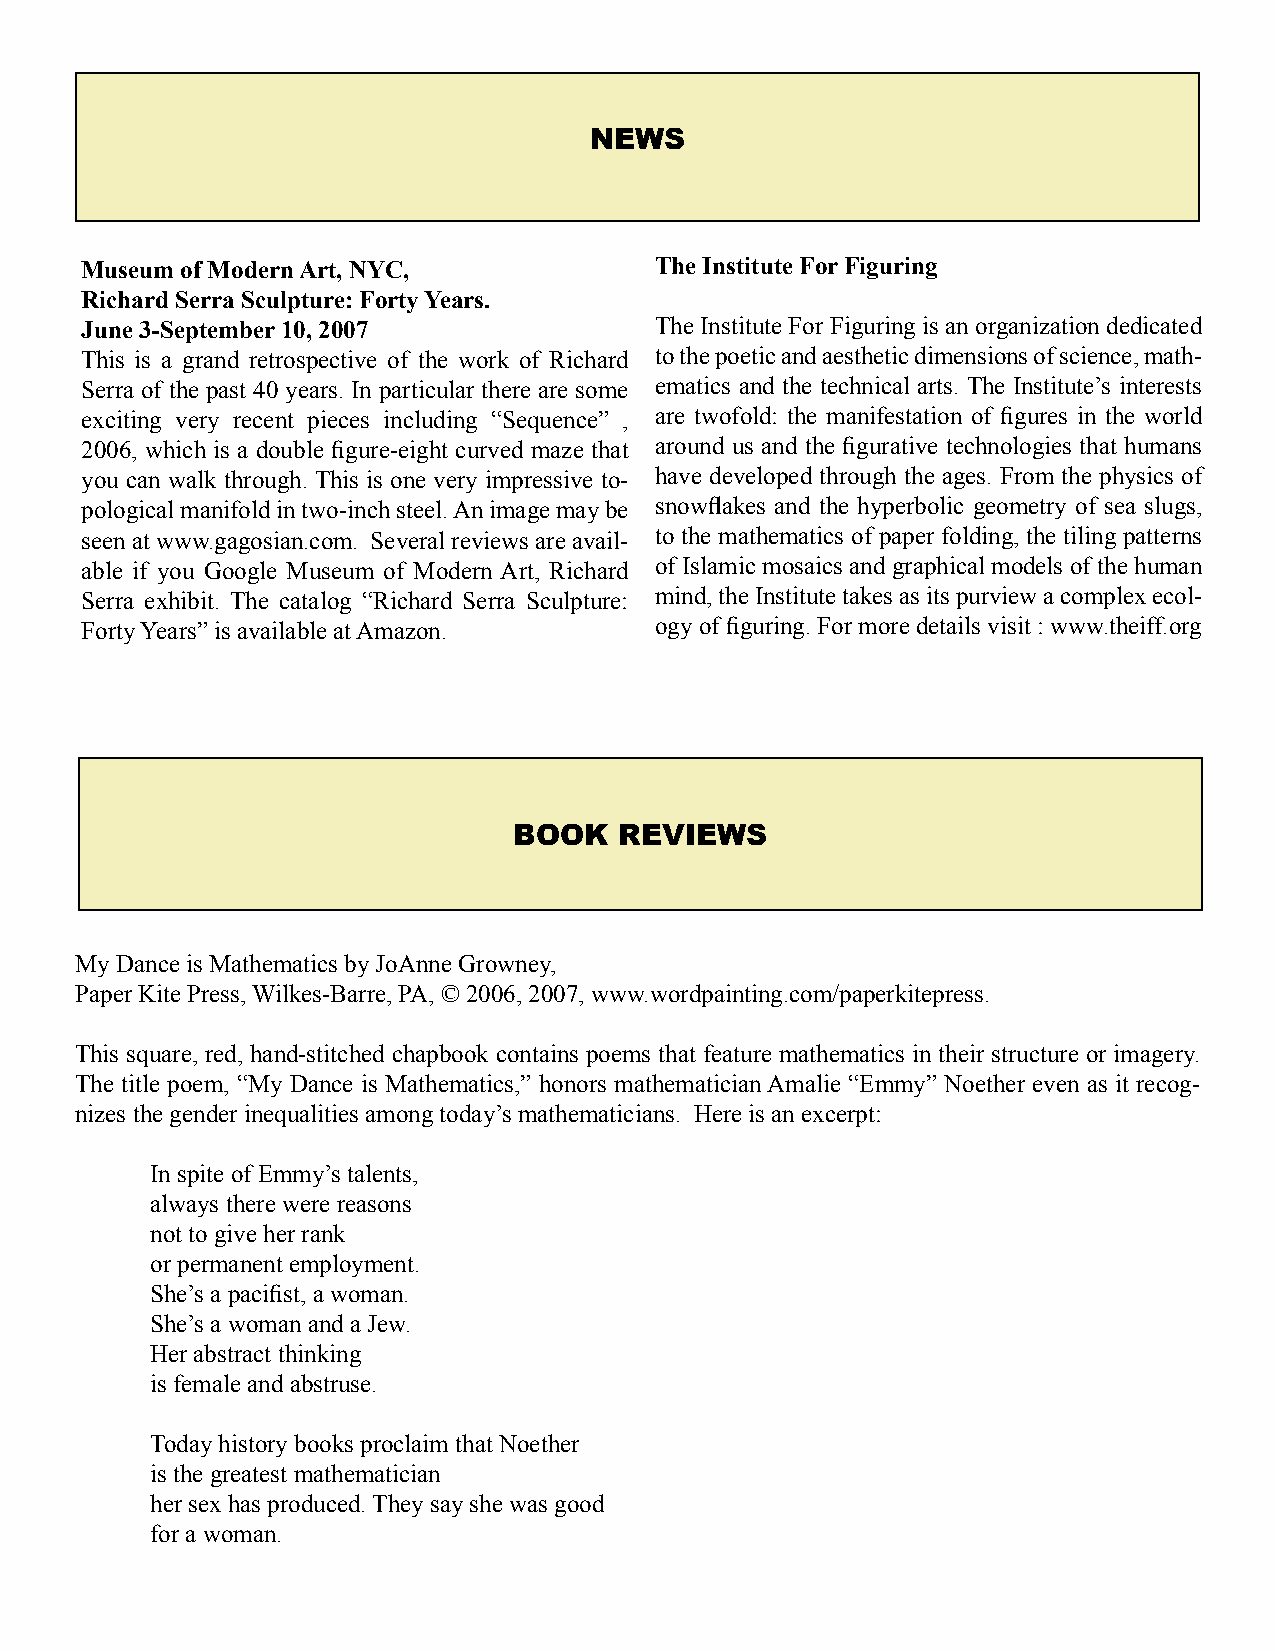
NEwS
 Museum of Modern Art, NYC,            The Institute For Figuring
 Richard Serra Sculpture: Forty Years.
 June 3-September 10, 2007             The Institute For Figuring is an organization dedicated
 This is a grand retrospective of the work of Richard to the poetic and aesthetic dimensions of science, math-
 Serra of the past 40 years. In particular there are some ematics and the technical arts. The Institute’s interests
 exciting very recent pieces including “Sequence” , are twofold: the manifestation of figures in the world
 2006, which is a double figure-eight curved maze that around us and the figurative technologies that humans
 you can walk through. This is one very impressive to- have developed through the ages. From the physics of
 pological manifold in two-inch steel. An image may be snowflakes and the hyperbolic geometry of sea slugs,
 seen at www.gagosian.com. Several reviews are avail- to the mathematics of paper folding, the tiling patterns
 able if you Google Museum of Modern Art, Richard of Islamic mosaics and graphical models of the human
 Serra exhibit. The catalog “Richard Serra Sculpture: mind, the Institute takes as its purview a complex ecol-
 Forty Years” is available at Amazon.  ogy of figuring. For more details visit : www.theiff.org
 BOOk   REvIEwS
 My Dance is Mathematics by JoAnne Growney,
 Paper Kite Press, Wilkes-Barre, PA, © 2006, 2007, www.wordpainting.com/paperkitepress.
 This square, red, hand-stitched chapbook contains poems that feature mathematics in their structure or imagery.
 The title poem, “My Dance is Mathematics,” honors mathematician Amalie “Emmy” Noether even as it recog-
 nizes the gender inequalities among today’s mathematicians. Here is an excerpt:
 In spite of Emmy’s talents,
 always there were reasons
 not to give her rank
 or permanent employment.
 She’s a pacifist, a woman.
 She’s a woman and a Jew.
 Her abstract thinking
 is female and abstruse.
 Today history books proclaim that Noether
 is the greatest mathematician
 her sex has produced. They say she was good
 for a woman.